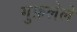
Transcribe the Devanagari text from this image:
गुफ़लेले